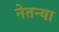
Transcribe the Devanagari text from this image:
नेतन्या